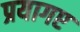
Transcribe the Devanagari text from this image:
प्रयागए